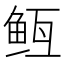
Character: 𬶊